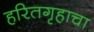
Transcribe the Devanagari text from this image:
हरितगृहाचा